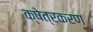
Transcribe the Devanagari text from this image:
क्षेत्रकरण